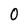
Character: 0